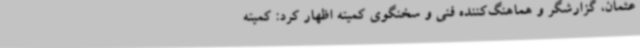
عثمان، گزارشگر و هماهنگ‌کننده فنی و سخنگوی کمیته اظهار کرد: کمیته